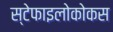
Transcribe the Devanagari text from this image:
स्टेफाइलोकोकस